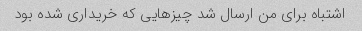
اشتباه برای من ارسال شد چیزهایی که خریداری شده بود